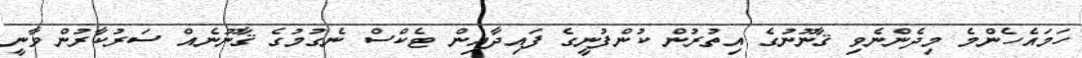
ހަމައެހެންމެ މިދެންނެވި ޤާނޫނުގެ އިތުރުން ކުންފުނީގެ ފައިދާއިން ޓެކްސް ނެގުމުގެ ޤާނޫނެއް ސަރުކާރުންވާނީ